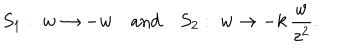
LaTeX: S _ { 1 } : \; w \to - w \quad \mathrm { a n d } \quad S _ { 2 } : \; w \to - k \, { \frac { w } { z ^ { 2 } } } .